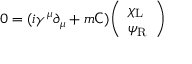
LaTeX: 0 = ( i \gamma ^ { \mu } \partial _ { \mu } + m { \mathsf { C } } ) { \left( \begin{array} { l } { \chi _ { \mathrm { { L } } } } \\ { \psi _ { \mathrm { { R } } } } \end{array} \right) }